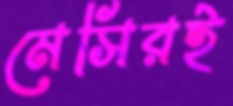
মেসিরই